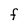
Character: f